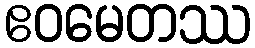
ဧဝမေတဿ